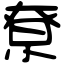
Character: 尞